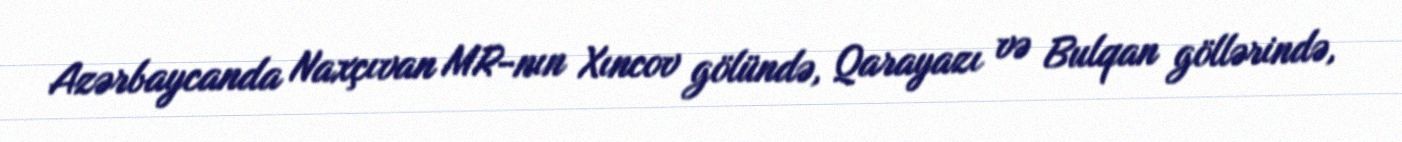
Azərbaycanda Naxçıvan MR-nın Xıncov gölündə, Qarayazı və Bulqan göllərində,